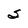
Character: S